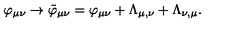
\varphi _ { \mu \nu } \rightarrow \tilde { \varphi } _ { \mu \nu } = \varphi _ { \mu \nu } + \Lambda _ { \mu , \nu } + \Lambda _ { \nu , \mu } .